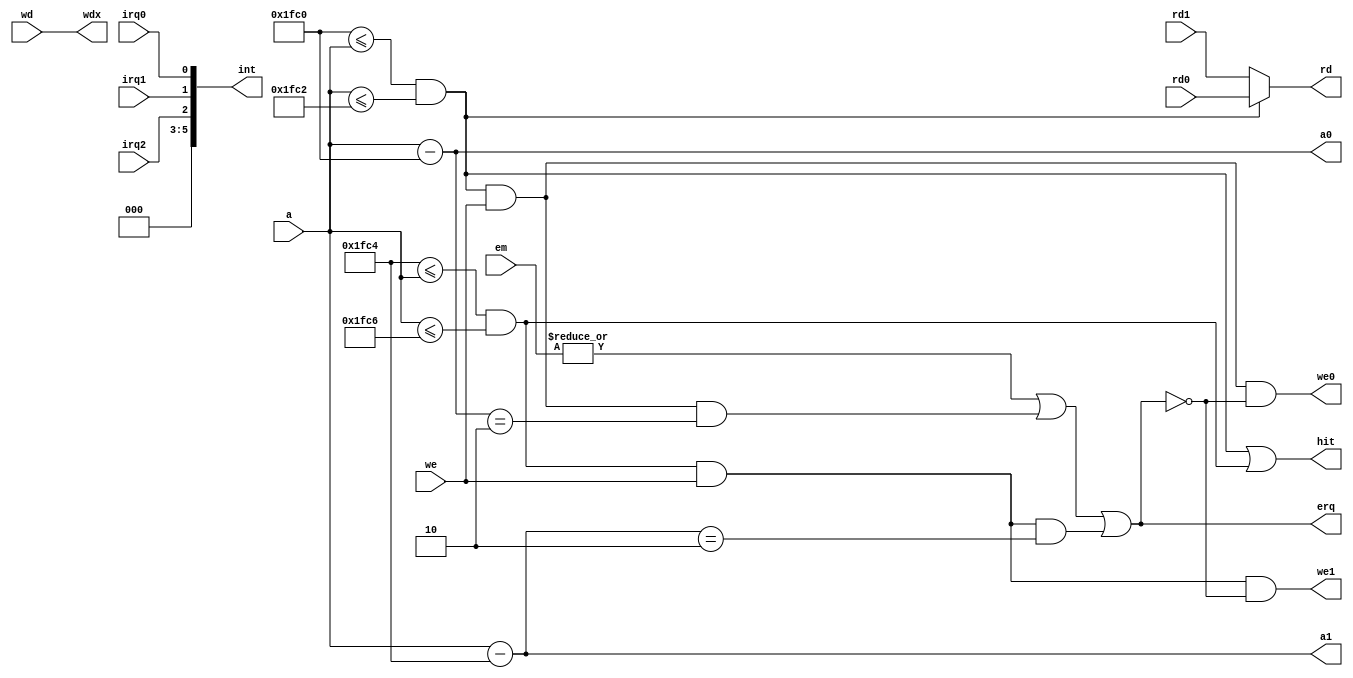
`timescale 1ns / 1ps

// support r/w by word
module Bridge #(parameter
    BEGIN_0 = 'h7f00 >> 2,
    END_0   = 'h7f0b >> 2,
    BEGIN_1 = 'h7f10 >> 2,
    END_1   = 'h7f1b >> 2,  // closed; by word
    RO      = 'h2
    ) (
    input [31:2] a,
    input [31:0] wd,
    input we,
    input [1:0] em,
    output [31:0] rd,
    output hit, erq,
    output [5:0] int,

    input [31:0] rd0, rd1,
    input irq0, irq1, irq2,
    output [31:2] a0, a1,
    output we0, we1,
    output [31:0] wdx
    );

    wire hit0 = BEGIN_0 <= a && a <= END_0;
    wire hit1 = BEGIN_1 <= a && a <= END_1;
    assign hit = hit0 || hit1;

    assign a0 = a - BEGIN_0;
    assign a1 = a - BEGIN_1;
    assign wdx = wd;
    assign rd = hit0 ? rd0 : rd1;

    wire erq0 = hit0 && we && a0 == RO;
    wire erq1 = hit1 && we && a1 == RO;
    assign erq = |em || erq0 || erq1;

    assign we0 = hit0 && we && ~erq;
    assign we1 = hit1 && we && ~erq;

    assign int = { 3'b0, irq2, irq1, irq0 };
endmodule